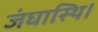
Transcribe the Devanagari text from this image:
जंघास्थि।